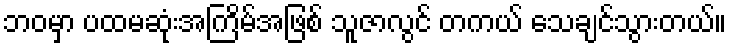
ဘဝမှာ ပထမဆုံးအကြိမ်အဖြစ် သူဇာလွင် တကယ် သေချင်သွားတယ်။